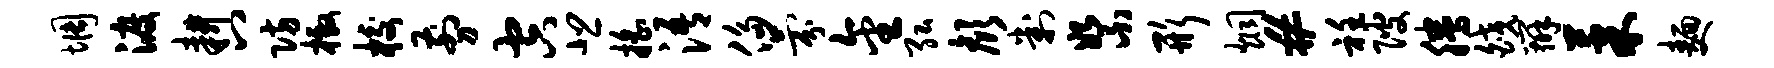
惆渡耕八防檄校剪空悲摇浯侈氛金弘颜判絮形炯#衽陂腾皎辨果面